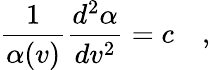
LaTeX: \frac{1}{\alpha(v)}\frac{d^{2}\alpha}{dv^{2}}=c\quad,